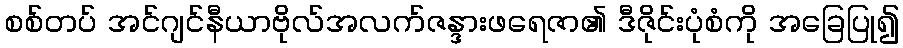
စစ်တပ် အင်ဂျင်နီယာဗိုလ်အလက်ဇန္ဒားဖရေဇာ၏ ဒီဇိုင်းပုံစံကို အခြေပြု၍